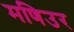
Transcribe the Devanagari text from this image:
मणिउर